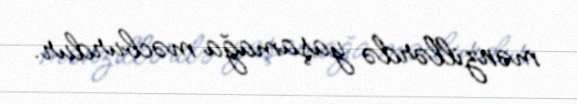
mənzillərdə yaşamağa məcburdur.